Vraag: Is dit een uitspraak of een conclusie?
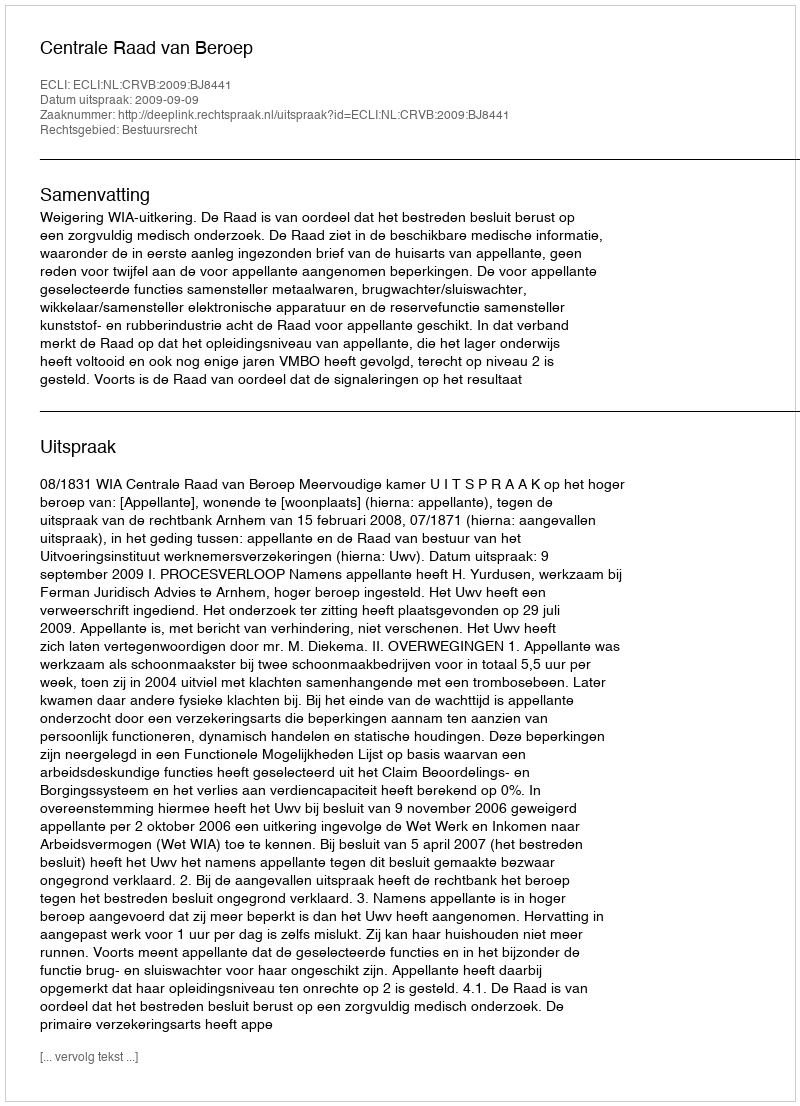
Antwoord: Uitspraak